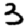
Digit: 3